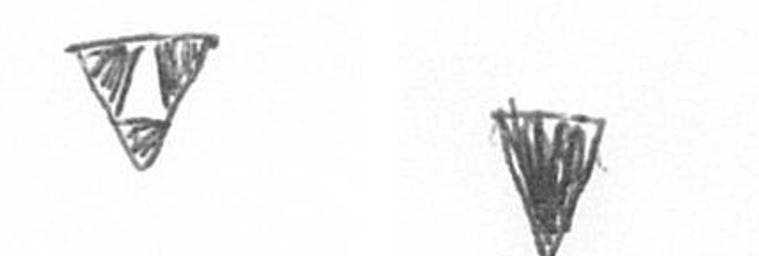
S J